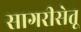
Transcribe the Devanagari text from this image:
सागरीसेतू